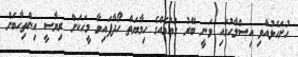
ހުށަހެޅުއްވި އިސްލާހުގައި ވަނީ ބޭރު ގައުމެއްގެ ހިމާޔަތް ހޯދާފައިވާ މީހަކަށް ރިޔާސީ އިންތިހާބަށް